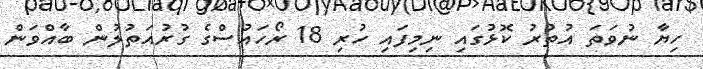
ހިޔާ ނުވަތަ އުތުރު ކޮޅުގައި ނިމިފައި ހުރި 18 ރޯހައުސްގެ ގުރުއަތުލުން ބާއްވަން